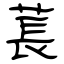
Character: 萇